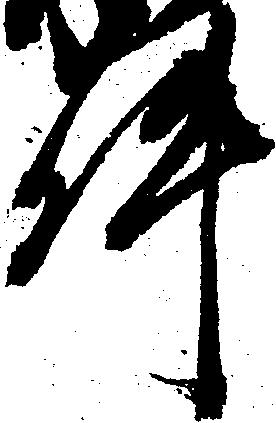
件